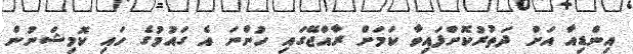
އިންޑިއާ އަށް ދަތުރުކޮށްފައިވާ ކަމަށް ރާއްޖޭގައި ހުންނަ އެ ގައުމުގެ ހައި ކޮމިޝަނުން